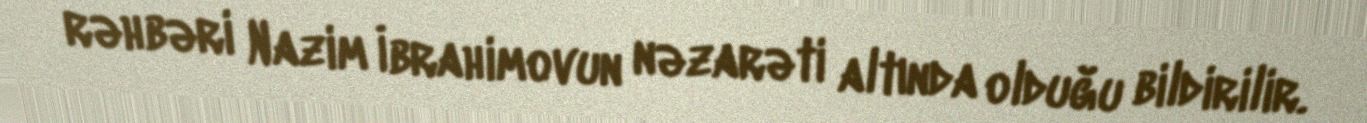
rəhbəri Nazim İbrahimovun nəzarəti altında olduğu bildirilir.